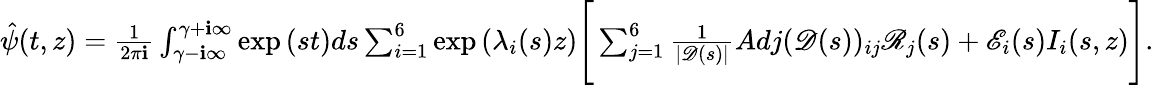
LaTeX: \begin{array}{r}{\hat{\psi}(t,z)=\frac{1}{2\pi\mathbf{i}}\int_{\gamma-\mathbf{i}\infty}^{\gamma+\mathbf{i}\infty}\exp{(st)}ds\sum_{i=1}^{6}\exp{(\lambda_{i}(s)z)}\Bigg[\sum_{j=1}^{6}\frac{1}{|\mathscr{D}(s)|}Adj(\mathscr{D}(s))_{ij}\mathscr{R}_{j}(s)+\mathscr{E}_{i}(s)I_{i}(s,z)\Bigg].}\end{array}